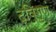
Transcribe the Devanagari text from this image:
द्विगुणं